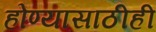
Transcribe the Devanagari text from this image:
होण्यासाठीही